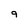
Character: 9